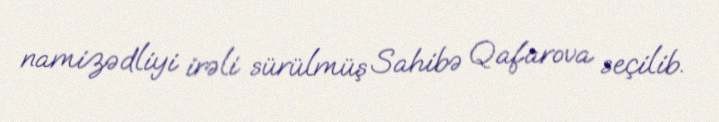
namizədliyi irəli sürülmüş Sahibə Qafarova seçilib.